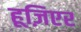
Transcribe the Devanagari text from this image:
हूज़िएर